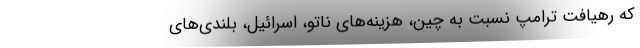
که رهیافتِ ترامپ نسبت به چین، هزینه‌های ناتو، اسرائیل، بلندی­‌های